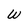
Character: W